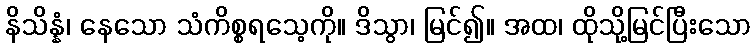
နိသိန္နံ၊ နေသော သံကိစ္စရသေ့ကို။ ဒိသွာ၊ မြင်၍။ အထ၊ ထိုသို့မြင်ပြီးသော